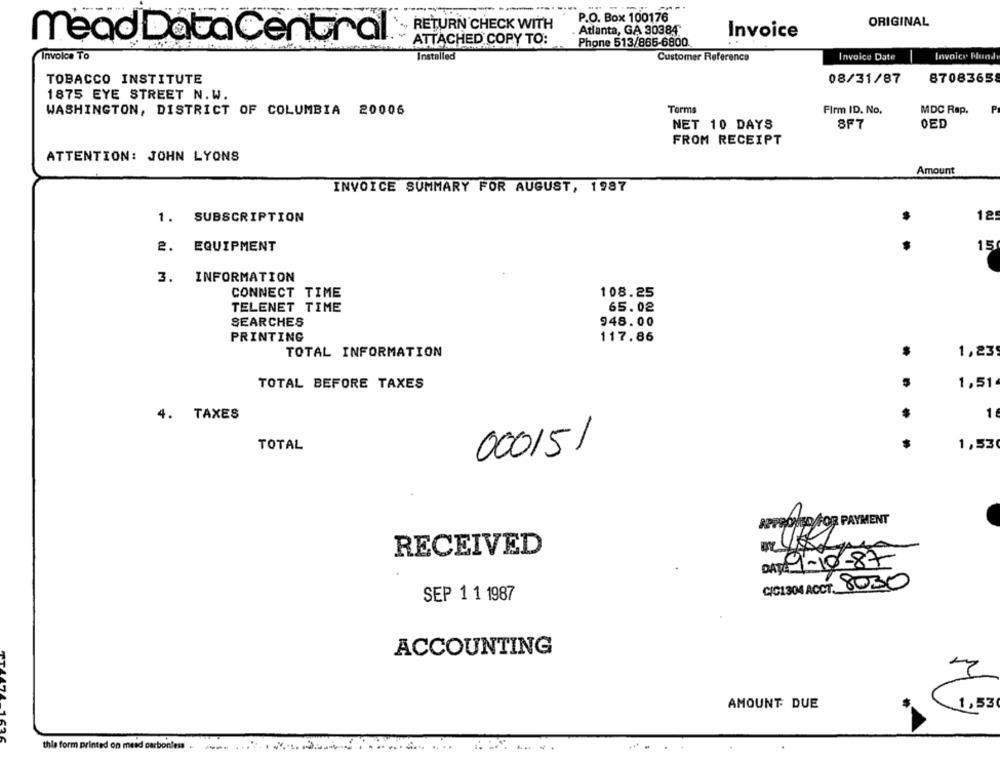
P.O. Box 100176
ORIGINAL
RETURN CHECK WITH
Atlanta, GA 30384
mead DataCentral
Invoice
ATTACHED COPY TO:
Phone 513/866-6800
Invoice To
Installed
Customer Reference
Invoice Date
Invoice Plund
TOBACCO INSTITUTE
08/31/87
8708365
1875 EYE STREET N.W.
WASHINGTON, DISTRICT OF COLUMBIA 20006
Torms
Firm ID. No.
MDC Rap.
P
OED
NET 10 DAYS
8F7
FROM RECEIPT
ATTENTION: JOHN LYONS
Amount
INVOICE SUMMARY FOR AUGUST, 1987
1.
SUBSCRIPTION
12
2.
EQUIPMENT
..
15
3. INFORMATION
CONNECT TIME
108.25
TELENET TIME
65.02
SEARCHES
948.00
PRINTING
117.86
TOTAL INFORMATION
1,23
TOTAL BEFORE TAXES
1,51
4. TAXES
1
TOTAL
1,53
00015/
Havepiso FOR PAYMENT
RECEIVED
DAY 9-10-87
C/C1304 ACCT. 8030
SEP 1 1 1987
ACCOUNTING
AMOUNT DUE
1,53
this form printed on mead carbonless.